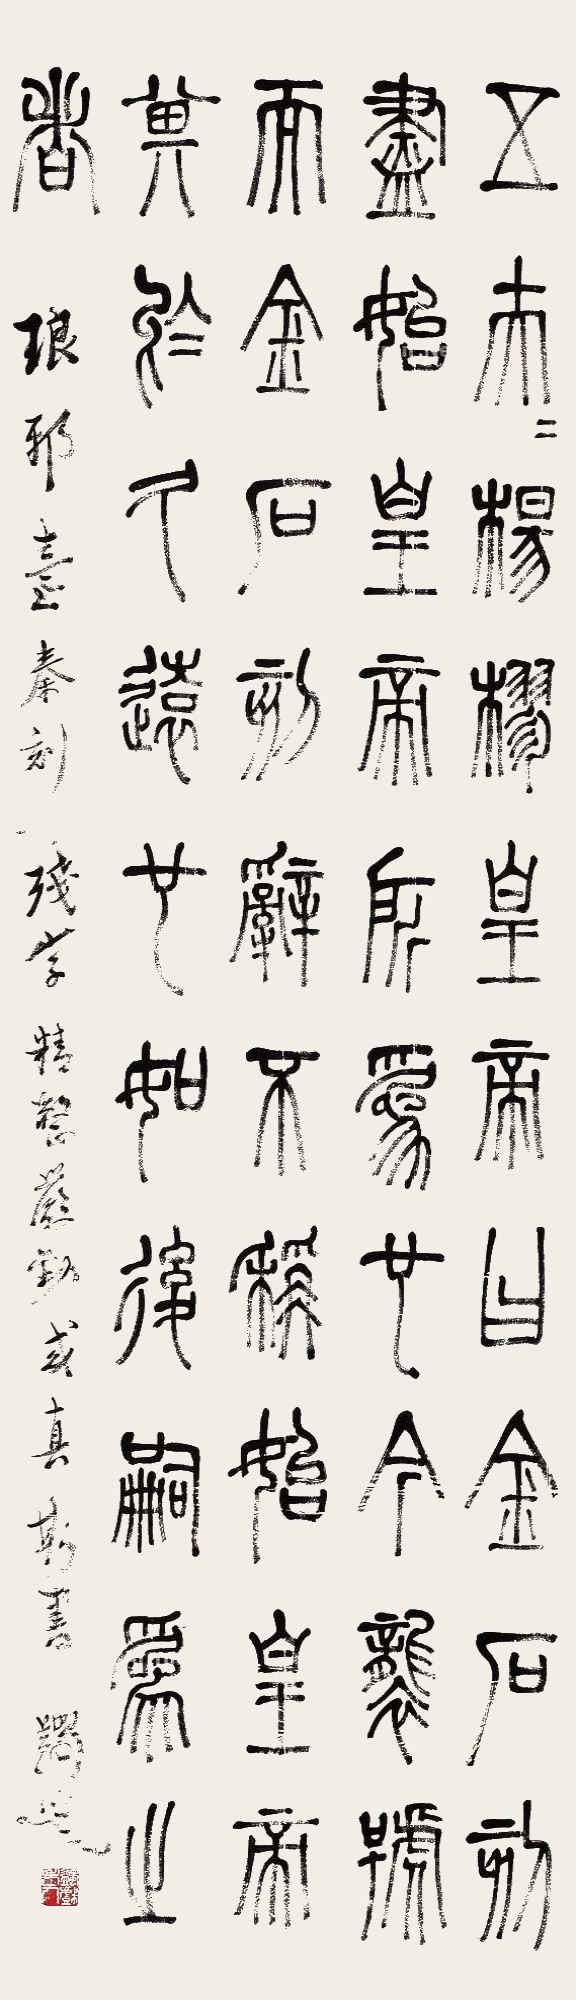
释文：五夫夫杨樛，皇帝曰：金石刻尽始皇帝所为也。今袭号而金石刻辞不称始皇帝，其于久远也，如后嗣为之者。琅琊台秦刻残字，精整严劲，或真斯书。蠲叟。